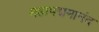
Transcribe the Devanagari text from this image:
महापद्ममानंद